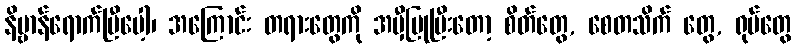
နိဗ္ဗာန်ရောက်ပြီပေါ့၊ အကြောင်း တရားတွေကို အမှီပြုပြီးတော့ စိတ်တွေ, စေတသိက် တွေ, ရုပ်တွေ